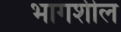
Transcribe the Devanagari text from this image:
भागशील